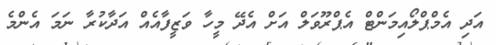
އަދި އެމްޕްލޯއިމަންޓް އެޕްރޫވަލް އަށް އެދޭ މީހާ ވަޒީފާއެއް އަދާކުރާ ނަމަ އެންމެ